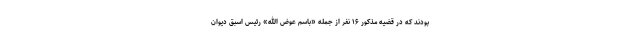
بودند که در قضیه مذکور ۱۶ نفر از جمله «باسم عوض الله» رئیس اسبق دیوان